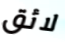
لائق